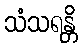
သံသရန္တိ